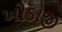
ખોડાજી